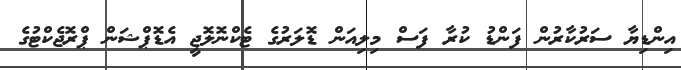
އިންޑިޔާ ސަރުކާރުން ފަންޑު ކުރާ ފަސް މިލިއަން ޑޮލަރުގެ ޓެކްނޮލޮޖީ އެޑޮޕްޝަން ޕްރޮޖެކްޓުގެ